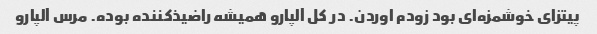
پیتزای خوشمزه‌ای بود زودم اوردن. در کل آلپارو همیشه راضیذکننده بوده. مرس آلپارو